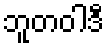
ဘူတဝါဒီ